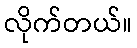
လိုက်တယ်။